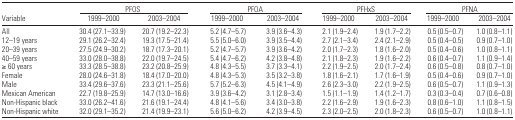
<table><thead><tr><td></td><td colspan="2"><b>PFOS</b></td><td colspan="2"><b>PFOA</b></td><td colspan="2"><b>PFHxS</b></td><td colspan="2"><b>PFNA</b></td></tr><tr><td><b>Variable</b></td><td><b>1999–2000</b></td><td><b>2003–2004</b></td><td><b>1999–2000</b></td><td><b>2003–2004</b></td><td><b>1999–2000</b></td><td><b>2003–2004</b></td><td><b>1999–2000</b></td><td><b>2003–2004</b></td></tr></thead><tbody><tr><td>All</td><td>30.4 (27.1–33.9)</td><td>20.7 (19.2–22.3)</td><td>5.2 (4.7–5.7)</td><td>3.9 (3.6–4.3)</td><td>2.1 (1.9–2.4)</td><td>1.9 (1.7–2.2)</td><td>0.5 (0.5–0.7)</td><td>1.0 (0.8–1.1)</td></tr><tr><td>12–19 years</td><td>29.1 (26.2–32.4)</td><td>19.3 (17.5–21.4)</td><td>5.5 (5.0–6.0)</td><td>3.9 (3.5–4.4)</td><td>2.7 (2.1–3.4)</td><td>2.4 (2.1–2.9)</td><td>0.5 (0.4–0.5)</td><td>0.9 (0.7–1.0)</td></tr><tr><td>20–39 years</td><td>27.5 (24.9–30.2)</td><td>18.7 (17.3–20.1)</td><td>5.2 (4.7–5.7)</td><td>3.9 (3.6–4.2)</td><td>2.0 (1.7–2.3)</td><td>1.8 (1.6–2.0)</td><td>0.5 (0.4–0.6)</td><td>1.0 (0.8–1.1)</td></tr><tr><td>40–59 years</td><td>33.0 (28.0–38.8)</td><td>22.0 (19.7–24.5)</td><td>5.4 (4.7–6.2)</td><td>4.2 (3.8–4.8)</td><td>2.1 (1.8–2.3)</td><td>1.9 (1.6–2.2)</td><td>0.6 (0.4–0.7)</td><td>1.1 (0.9–1.4)</td></tr><tr><td>≥ 60 years</td><td>33.3 (28.5–38.8)</td><td>23.2 (20.8–25.9)</td><td>4.8 (4.3–5.5)</td><td>3.7 (3.3–4.1)</td><td>2.2 (1.9–2.5)</td><td>2.0 (1.7–2.4)</td><td>0.6 (0.5–0.8)</td><td>0.8 (0.7–1.0)</td></tr><tr><td>Female</td><td>28.0 (24.6–31.8)</td><td>18.4 (17.0–20.0)</td><td>4.8 (4.3–5.3)</td><td>3.5 (3.2–3.8)</td><td>1.8 (1.6–2.1)</td><td>1.7 (1.6–1.9)</td><td>0.5 (0.4–0.6)</td><td>0.9 (0.7–1.0)</td></tr><tr><td>Male</td><td>33.4 (29.6–37.6)</td><td>23.3 (21.1–25.6)</td><td>5.7 (5.2–6.3)</td><td>4.5 (4.1–4.9)</td><td>2.6 (2.3–3.0)</td><td>2.2 (1.9–2.5)</td><td>0.6 (0.5–0.7)</td><td>1.1 (0.9–1.3)</td></tr><tr><td>Mexican American</td><td>22.7 (19.8–25.9)</td><td>14.7 (13.0–16.6)</td><td>3.9 (3.6–4.2)</td><td>3.1 (2.8–3.4)</td><td>1.5 (1.1–1.9)</td><td>1.4 (1.2–1.7)</td><td>0.3 (0.3–0.4)</td><td>0.7 (0.6–0.8)</td></tr><tr><td>Non-Hispanic black</td><td>33.0 (26.2–41.6)</td><td>21.6 (19.1–24.4)</td><td>4.8 (4.1–5.6)</td><td>3.4 (3.0–3.8)</td><td>2.2 (1.6–2.9)</td><td>1.9 (1.6–2.3)</td><td>0.8 (0.6–1.0)</td><td>1.1 (0.8–1.5)</td></tr><tr><td>Non-Hispanic white</td><td>32.0 (29.1–35.2)</td><td>21.4 (19.9–23.1)</td><td>5.6 (5.0–6.2)</td><td>4.2 (3.9–4.5)</td><td>2.3 (2.0–2.5)</td><td>2.0 (1.8–2.3)</td><td>0.6 (0.5–0.7)</td><td>1.0 (0.8–1.1)</td></tr></tbody></table>